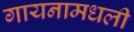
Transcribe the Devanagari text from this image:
गायनामधली